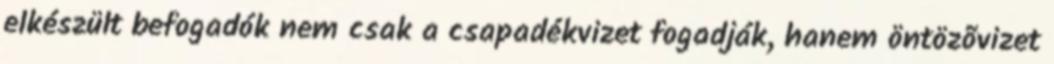
elkészült befogadók nem csak a csapadékvizet fogadják, hanem öntözõvizet